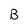
Character: B